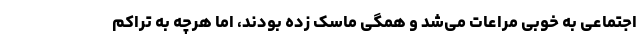
اجتماعی به خوبی مراعات می‌شد و همگی ماسک زده بودند، اما هرچه به تراکم